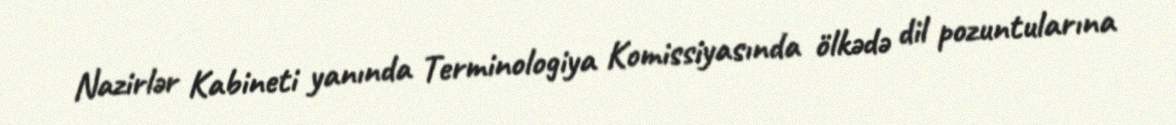
Nazirlər Kabineti yanında Terminologiya Komissiyasında ölkədə dil pozuntularına